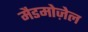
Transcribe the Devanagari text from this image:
मैडमोज़ेल